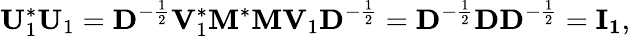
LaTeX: \mathbf{U}_{1}^{*}\mathbf{U}_{1}=\mathbf{D}^{-{\frac{1}{2}}}\mathbf{V}_{1}^{*}\mathbf{M}^{*}\mathbf{M}\mathbf{V}_{1}\mathbf{D}^{-{\frac{1}{2}}}=\mathbf{D}^{-{\frac{1}{2}}}\mathbf{D}\mathbf{D}^{-{\frac{1}{2}}}=\mathbf{I_{1}},